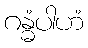
ဂန္ဓံပါဟံ